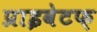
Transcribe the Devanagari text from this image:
प्राइवेटफ़